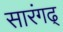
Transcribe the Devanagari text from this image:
सारंगढ्